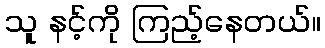
သူ နင့်ကို ကြည့်နေတယ်။